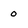
Character: 0